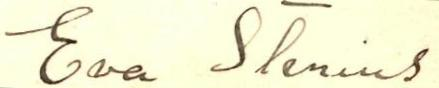
Eva Stenius